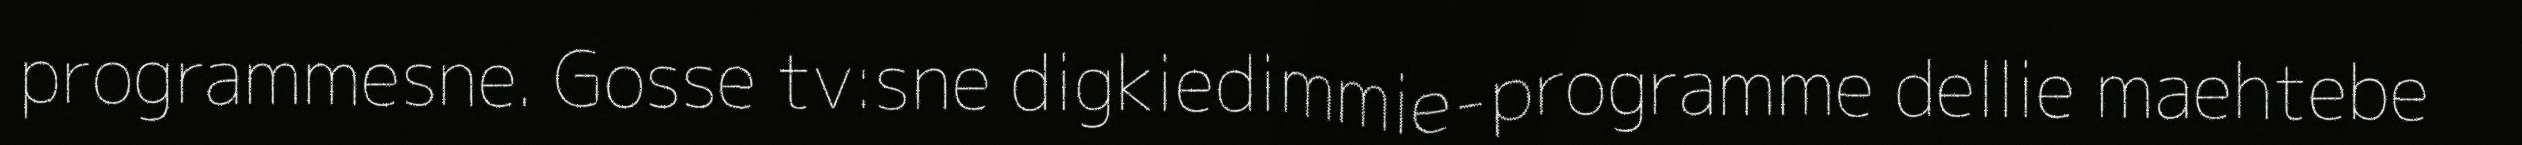
programmesne. Gosse tv:sne digkiedimmie-programme dellie maehtebe